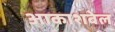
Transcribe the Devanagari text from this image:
आकाशबेल